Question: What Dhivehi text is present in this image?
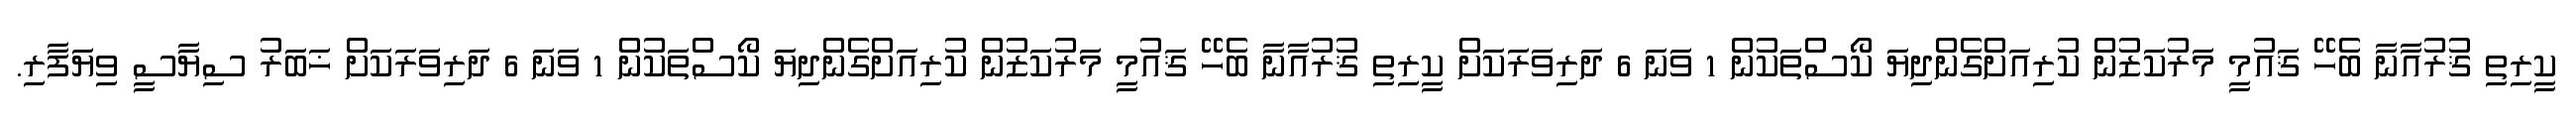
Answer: ކީރިތި ޤުރުއާނާ ބެހޭ ޤައުމީ މަރުކަޒުން ކުރިއަށްގެންދިޔަ ކޯސްތަކުން 1 ވަނަ 6 ދަރިވަރަކަށް ކީރިތި ޤުރުއާނާ ބެހޭ ޤައުމީ މަރުކަޒުން ކުރިއަށްގެންދިޔަ ކޯސްތަކުން 1 ވަނަ 6 ދަރިވަރަކަށް ޚަބަރު ސިޔާސީ ވިޔަފާރި.